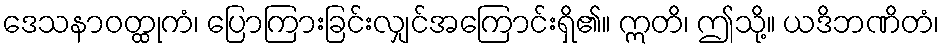
ဒေသနာဝတ္ထုကံ၊ ပြောကြားခြင်းလျှင်အကြောင်းရှိ၏။ ဣတိ၊ ဤသို့။ ယဒိဘဏိတံ၊